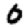
Digit: 0